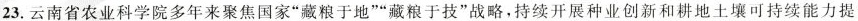
23.云南省农业科学院多年来聚焦国”藏粮于地””藏粮于技”战略，持续开展种业创新和耕地土壤可持续能力提